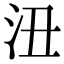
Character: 沑